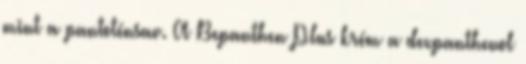
mint a pantoténsav. A Bepanthen Plus krém a dexpanthenol